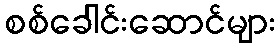
စစ်ခေါင်းဆောင်များ